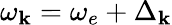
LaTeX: \omega_{\mathbf{k}}=\omega_{e}+\Delta_{\mathbf{k}}